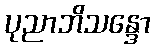
ပုညာဘိသန္ဒော